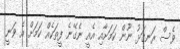
ވެސް ރަނގަޅު ނޫން ކަމަށާއި އެއީ ނެގޭނެ ފީތަކެއް ކަމަށް އެ ވަނީ